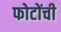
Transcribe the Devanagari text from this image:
फोटोंची